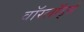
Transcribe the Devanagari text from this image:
वाॅरलाॅर्ड्स